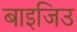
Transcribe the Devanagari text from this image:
बाइजिउ